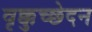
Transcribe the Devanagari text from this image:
वृक्कुच्छेदन